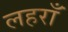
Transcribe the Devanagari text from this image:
लहराँ